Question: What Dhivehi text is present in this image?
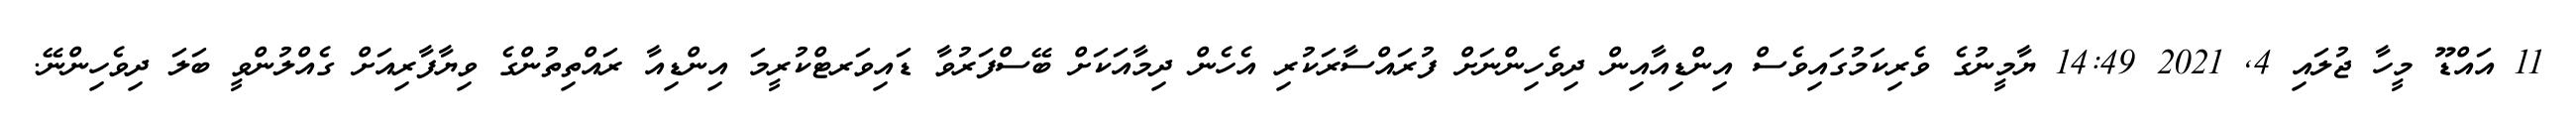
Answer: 11 އައްޑޫ މީހާ ޖުލައި 4, 2021 14:49 ޔާމީނުގެ ވެރިކަމުގައިވެސް އިންޑިއާއިން ދިވެހިންނަށް ފުރައްސާރަކުރި އެހެން ދިމާއަކަށް ބޭސްފަރުވާ ޑައިވަރޓްކުރީމަ އިންޑިއާ ރައްތިތުންގެ ވިޔާފާރިއަށް ގެއްލުންވީ ބަލަ ދިވެހިންނޭ.